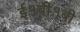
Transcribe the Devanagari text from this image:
ई१बी१बी